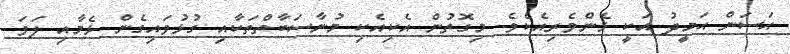
ޙަސަން ޙަމީދު އަކީ ޅެންވެރިއެކެވެ. މިގޮތުން އެކިއެކި މުނާސަބާތްތަކާއި ގުޅުވައިގެން ޅެމާއި ލަވަ